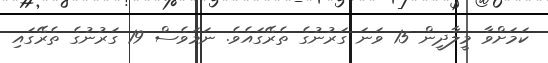
ކަމަށްވާ މީލާދީން 15 ވަނަ ގަރުނުގެ ތެރޭގައެވެ. ނަމަވެސް 19 ގަރުނުގެ ތެރޭގައި